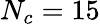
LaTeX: N_{c}=15